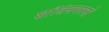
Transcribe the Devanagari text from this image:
शांतिनगरनां